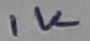
Text: 1K